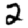
Digit: 2